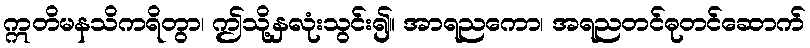
ဣတိမနသိကရိတွာ၊ ဤသို့နှလုံးသွင်း၍။ အာရညကော၊ အရညတင်ဓုတင်ဆောက်